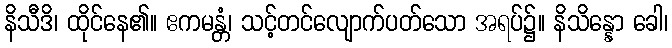
နိသီဒိ၊ ထိုင်နေ၏။ ဧကမန္တံ၊ သင့်တင်လျောက်ပတ်သော အရပ်၌။ နိသိန္နော ခေါ၊